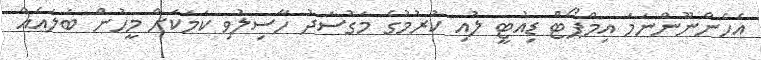
އެހެންނޫންނަމަ އިމްޕޯޓް ޑިއުޓީ ލުއި ކުރުމުގެ މަގުސަދު ހާސިލުވި ކަމަކަށް މީހުން ބަލައެއް